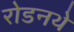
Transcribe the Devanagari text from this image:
रोडनथे